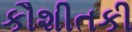
કૌશીતકી